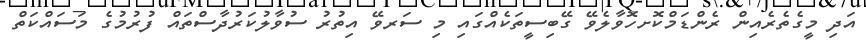
އަދި މީގެތެރެއިން ރެންޑަމްކޮށހޮވާލެވޭ ގޭބިސީތަކެއްގައި މި ސަރވޭ އިތުރު ސުވާލުކަރުދާސްތައް ފުރުމުގެ މަސައްކަތް